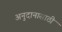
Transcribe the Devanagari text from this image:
अनुदानासाठी